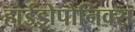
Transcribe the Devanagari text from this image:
हाईड्रोपोनिक्स